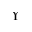
\Upsilon